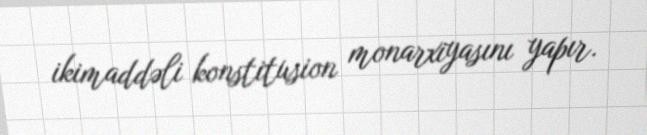
ikimaddəli konstitusion monarxiyasını yapır.